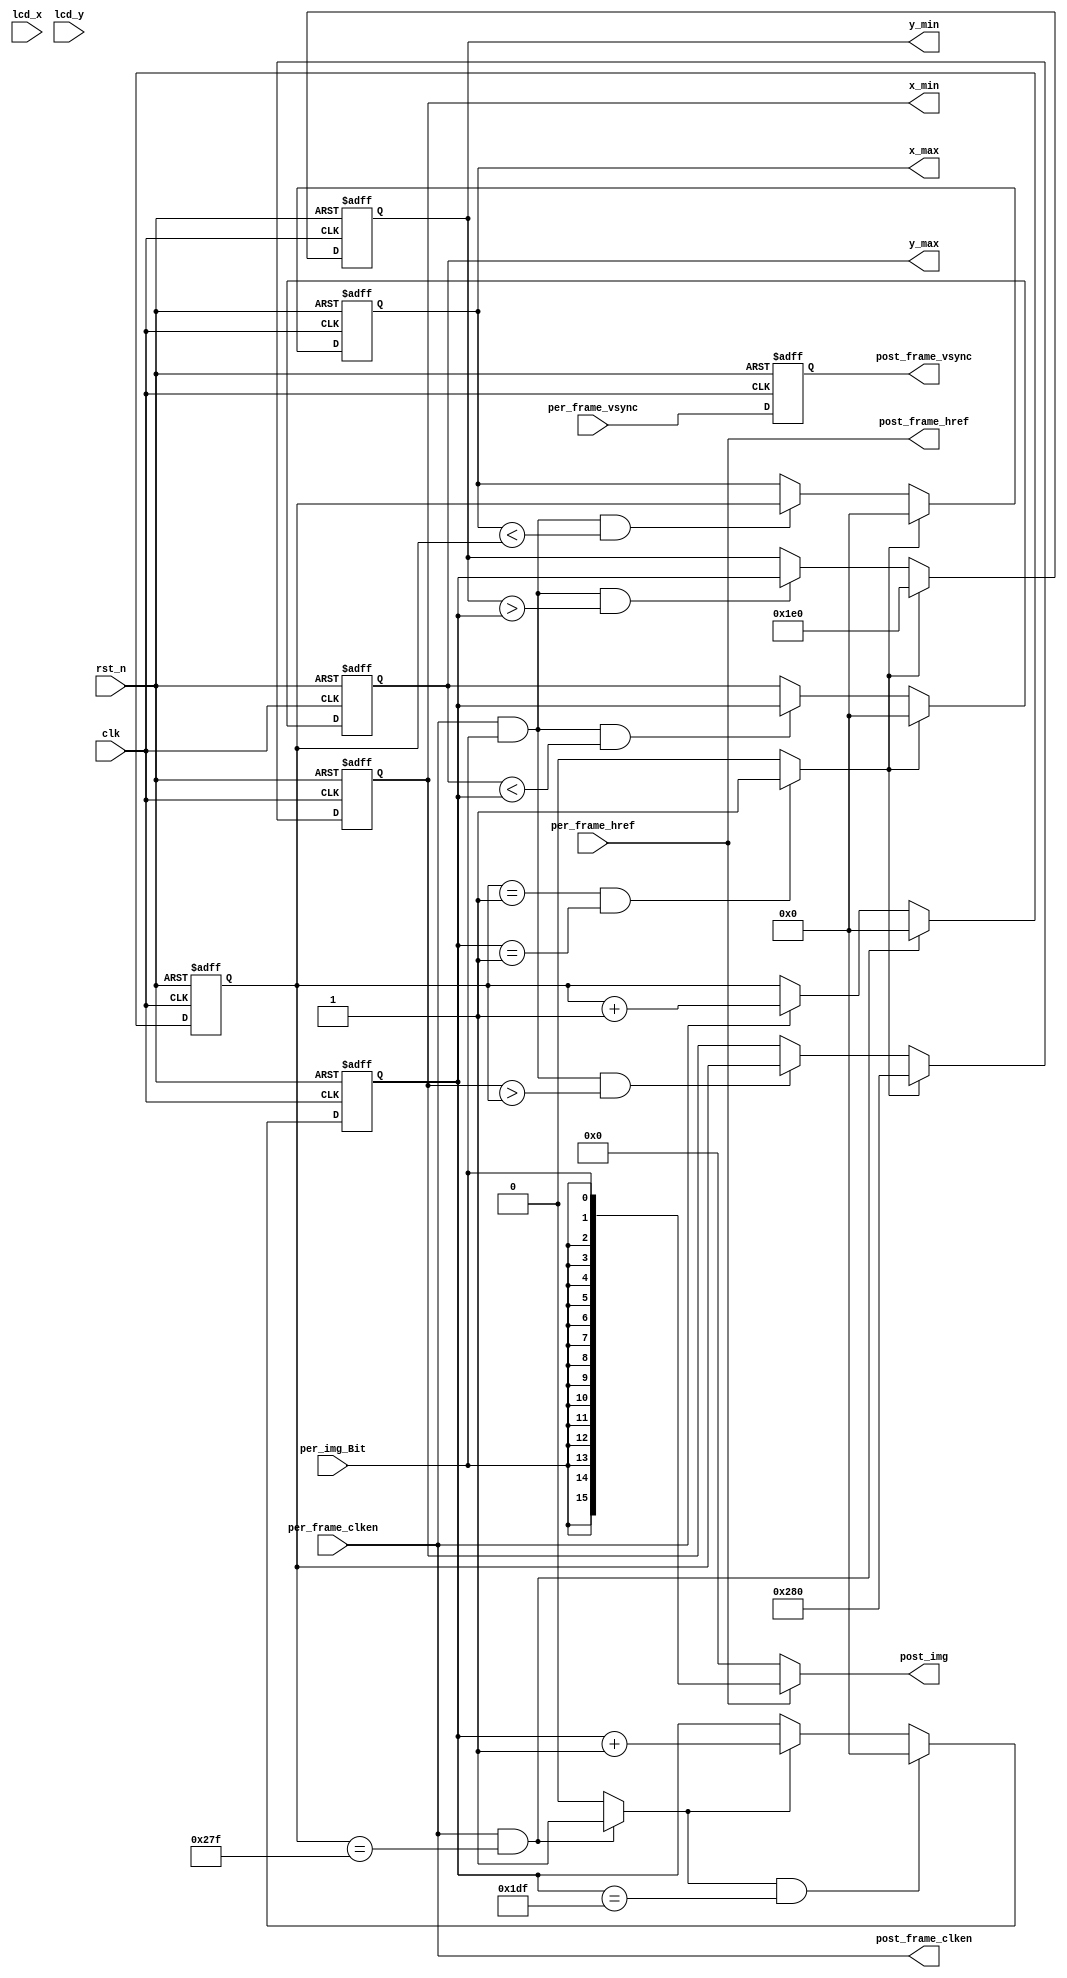
`timescale      1ns/1ns
// *********************************************************************************
// Project Name :       
// Blogs        : http://www.ninghechuan.com/
// Module Name  :
// Called By    :
// Abstract     :
//
// CopyRight(c) 2018, NingHeChuan Studio.. 
// All Rights Reserved
//
// *********************************************************************************
// Modification History:
// Date         By              Version                 Change Description
// -----------------------------------------------------------------------
// 2019/3/8    NingHeChuan       1.0                     Original
//  
// *********************************************************************************

module Face_Posion(
    input           clk,
    input           rst_n,
    input           per_frame_vsync,
    input           per_frame_href,
    input           per_frame_clken,
    input           per_img_Bit,
    output          post_frame_vsync,
    output          post_frame_href,
    output          post_frame_clken,
    output  reg [11:0]  x_min,
    output  reg [11:0]  x_max,
    output  reg [11:0]  y_min,
    output  reg [11:0]  y_max,
    input 			[11:0]	lcd_x,
	input 			[11:0]	lcd_y,
    output     [15:0]      post_img
    );

//parameter   ROW_CNT = 16;   //just test
//parameter   COL_CNT = 4;    //just test
parameter   ROW_CNT = 640;
parameter   COL_CNT = 480;

reg     [11:0]  cnt_x;
reg     [11:0]  cnt_y;
wire    row_flag;


wire flag ;//
assign flag = (cnt_x == 1 && cnt_y == 1)? 1'b1:1'b0;

//-------------------------------------------------------
//cnt_x lag 1clk
always @(posedge clk or negedge rst_n)begin
    if(rst_n == 1'b0)begin
        cnt_x <= 0;
    end
    else if(per_frame_clken && cnt_x == ROW_CNT - 1)
        cnt_x <= 0;
    else if(per_frame_clken)begin
        cnt_x <= cnt_x + 1'b1;
    end
    else 
        cnt_x <= cnt_x;
end
assign  row_flag = (per_frame_clken && cnt_x == ROW_CNT - 1'b1)? 1'b1:1'b0;
//cnt_y
always @(posedge clk or negedge rst_n)begin
    if(rst_n == 1'b0)begin
        cnt_y <= 0;
    end
    else if(row_flag  &&  cnt_y == COL_CNT - 1'b1)
        cnt_y <= 0;
    else if(row_flag)begin
        cnt_y <= cnt_y + 1'b1;
    end
    else 
        cnt_y <= cnt_y;
end

//-------------------------------------------------------
//x_min lag 2clk
always @(posedge clk or negedge rst_n)begin
    if(rst_n == 1'b0)begin
        x_min <= ROW_CNT;
    end
    else if(flag)
        x_min <= ROW_CNT;
    else if(per_frame_clken && per_img_Bit == 1 && x_min > cnt_x)
        x_min <= cnt_x;
    else 
        x_min <= x_min;
end
//x_max
always @(posedge clk or negedge rst_n)begin
    if(rst_n == 1'b0)begin
        x_max <= 0;
    end
    else if(flag)
        x_max <= 0;
    else if(per_frame_clken && per_img_Bit == 1 && x_max < cnt_x)
        x_max <= cnt_x;
    else 
        x_max <= x_max;
end
//y_min
always @(posedge clk or negedge rst_n)begin
    if(rst_n == 1'b0)begin
        y_min <= COL_CNT;
    end
    else if(flag)
        y_min <= COL_CNT;
    else if(per_frame_clken && per_img_Bit == 1 && y_min > cnt_y)
        y_min <= cnt_y;
    else 
        y_min <= y_min;
end
//y_max
always @(posedge clk or negedge rst_n)begin
    if(rst_n == 1'b0)begin
        y_max <= 0;
    end
    else if(flag)
        y_max <= 0;
    else if(per_frame_clken && per_img_Bit == 1 && y_max < cnt_y)
        y_max <= cnt_y;
    else 
        y_max <= y_max;
end

//-------------------------------------------------------
//lag 3clk
/*
reg [15:0]  post_img_r;

*/

//---------------------------------------------
//pre_frame_clken, pre_frame_href, pre_frame_vsync,lag 3clk

reg 	[3:0] 	per_frame_clken_r;
reg 	[3:0] 	per_frame_href_r;
reg 	[3:0] 	per_frame_vsync_r;
reg     [3:0]   per_img_r;

always @(posedge clk or negedge rst_n)
begin
	if(!rst_n)begin
		per_frame_clken_r <= 4'b0;
		per_frame_href_r <=  4'b0;
		per_frame_vsync_r <= 4'b0;
        per_img_r <= 0;
	end	
	else begin
		per_frame_clken_r <= {per_frame_clken_r [2:0], per_frame_clken};
		per_frame_href_r  <= {per_frame_href_r  [2:0],per_frame_href};
		per_frame_vsync_r <= {per_frame_vsync_r [2:0],per_frame_vsync};
        per_img_r <= {per_img_r[2:0],per_img_Bit};
	end
end

assign post_frame_clken = per_frame_clken;
assign post_frame_href  = per_frame_href;
assign post_frame_vsync = per_frame_vsync_r [0];

assign post_img  = post_frame_href? {16{per_img_Bit}}: 1'b0;

endmodule